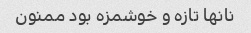
نانها تازه و خوشمزه بود ممنون